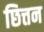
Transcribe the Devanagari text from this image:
छित्तन